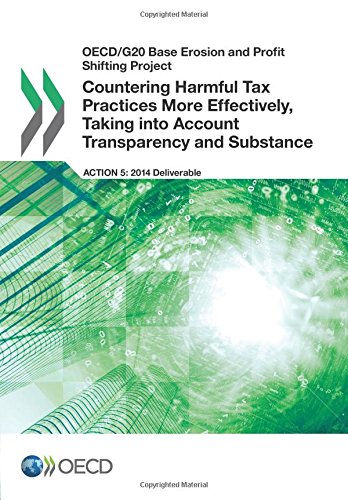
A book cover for Oecd/G20 Base Erosion and Profit Shifting Project Countering Harmful Tax Practices More Effectively, Taking into Account Transparency and Substance; Oecd Organisation For Economic Co-Operation And Development; Law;